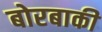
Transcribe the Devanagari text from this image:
बोरबाकी